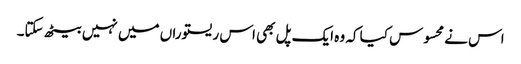
اس نے محسوس کیا کہ وہ ایک پل بھی اس ریستوراں میں نہیں بیٹھ سکتا۔